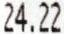
24.22